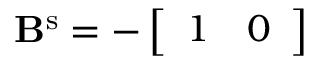
\mathbf { B } ^ { \mathrm { s } } = - \left[ \begin{array} { l l } { 1 } & { 0 } \end{array} \right]